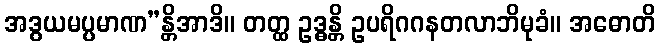
အဒွယမပ္ပမာဏ”န္တိအာဒိ။ တတ္ထ ဥဒ္ဓန္တိ ဥပရိဂဂနတလာဘိမုခံ။ အဓောတိ